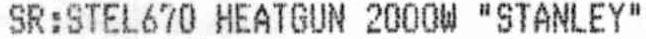
SR: STEL670 HEATGUN 2000W "STANLEY"